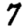
Digit: 7